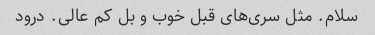
سلام. مثل سری‌های قبل خوب و بل کم عالی. درود